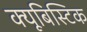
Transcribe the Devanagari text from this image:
क्यूबिस्टिक